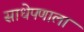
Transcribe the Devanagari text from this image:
साधेपणाला